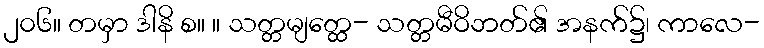
၂၀၆။ တမှာ ဒါနိ စ။ ။ သတ္တမျတ္ထေ- သတ္တမီဝိဘတ်၏ အနက်၌၊ ကာလေ-